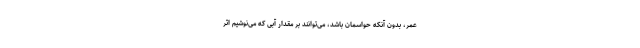
عمر، بدون آنکه حواسمان باشد، می‌توانند بر مقدارِ آبی که می‌نوشیم اثر